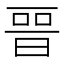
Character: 𣈆